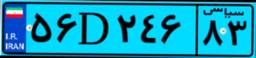
۵۶D۲۴۶۸۳